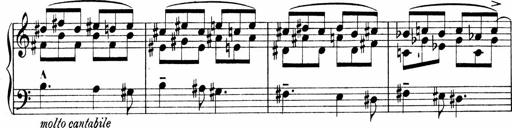
Title: Sonatina No.1
Composer: Otto Stoll
Key: C major